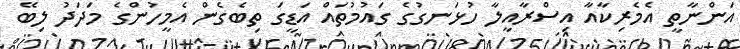
އަންނާތީ އެމެރިކާއާ އިސްރާއީލާ ހުޅަނގުގެ ގައުމުތައް އަޑީގަ ތިބެގެން އެމީހުންގެ މަދަދު ލިބޭ